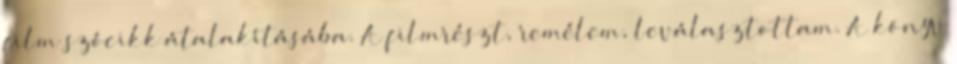
film szócikk átalakításába. A filmrészt, remélem, leválasztottam. A könyv